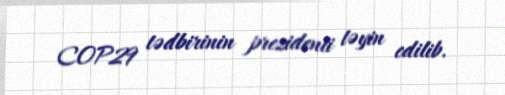
COP29 tədbirinin prezidenti təyin edilib.